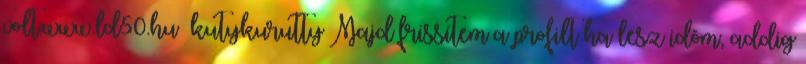
volt.www.ld50.hu kutykurutty Majd frissítem a profilt ha lesz idõm, addig